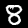
Digit: 8